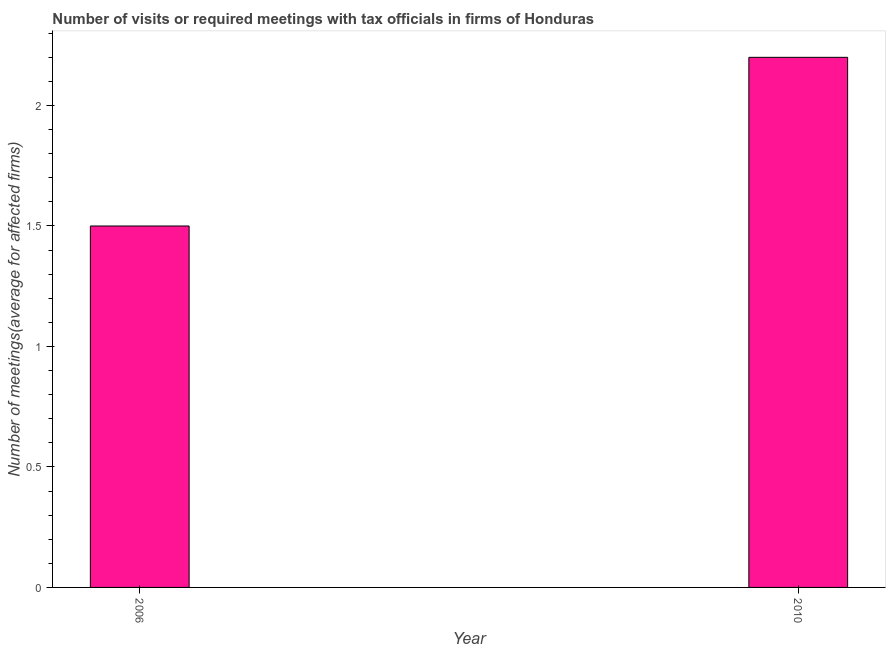
| Year | Meetings with tax officials |
 | --- | --- |
 | 2006 | 1.5 |
 | 2010 | 2.2 |